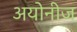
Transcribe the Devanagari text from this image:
अयोनीज